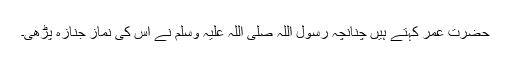
حضرت عمرؓ کہتے ہیں چنانچہ رسول اللہ صلی اللہ علیہ وسلم نے اس کی نمازِ جنازہ پڑھی۔